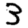
Digit: 3